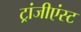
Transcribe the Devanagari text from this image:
ट्रांजीएंस्ट